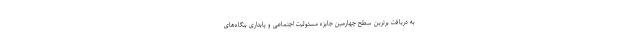
به دریافت برترین سطح چهارمین جایزه مسئولیت اجتماعی و پایداری بنگاه‌های